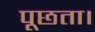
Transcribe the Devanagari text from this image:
पूछता।